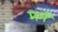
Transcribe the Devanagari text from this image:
मर्मं